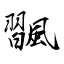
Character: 飁